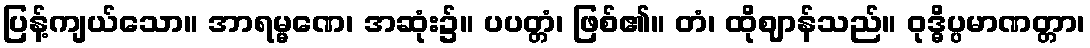
ပြန့်ကျယ်သော။ အာရမ္မဏေ၊ အဆုံး၌။ ပပတ္တံ၊ ဖြစ်၏။ တံ၊ ထိုဈာန်သည်။ ဝုဒ္ဓိပ္ပမာဏတ္တာ၊